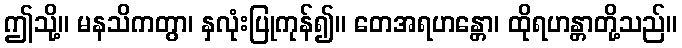
ဤသို့။ မနသိကတွာ၊ နှလုံးပြုကုန်၍။ တေအရဟန္တော၊ ထိုရဟန္တာတို့သည်။